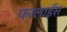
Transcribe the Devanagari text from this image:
फालाईस